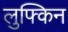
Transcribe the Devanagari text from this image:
लुफ्किन